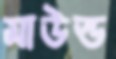
মাউন্ড